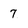
Character: 7